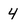
Character: 4